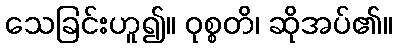
သေခြင်းဟူ၍။ ဝုစ္စတိ၊ ဆိုအပ်၏။